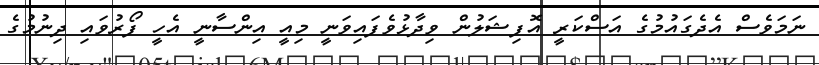
ނަމަވެސް އެދެގައުމުގެ އަސްކަރީ އޮފިޝަލުން ވިދާޅުވެފައިވަނީ މިއީ އިންސާނީ އެހީ ފޯރުވައި ދިނުމުގެ